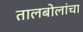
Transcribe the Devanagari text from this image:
तालबोलांचा